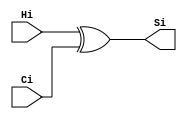
module M_diamond(Hi,Ci,Si);
input Hi,Ci; 
output Si;
xor m1 (Si,Hi,Ci);
endmodule